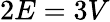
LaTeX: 2E=3V